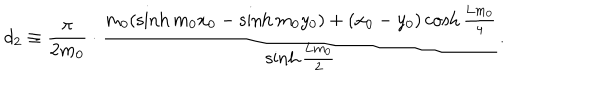
LaTeX: d _ { 2 } \equiv \frac { \pi } { 2 m _ { 0 } } \cdot \frac { m _ { 0 } ( \sinh { m _ { 0 } x _ { 0 } } - \sinh { m _ { 0 } y _ { 0 } } ) + ( x _ { 0 } - y _ { 0 } ) \cosh { \frac { \mathrm { L } m _ { 0 } } { 4 } } } { \sinh { \frac { \mathrm { L } m _ { 0 } } { 2 } } } .